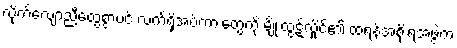
လိုက်လျောညီထွေစွာပင် လက်ရှိအပ်ကားတွေကို မျိုးထွဋ်လှိုင်၏ ထရန့်အစိုးရအဖွဲ့က